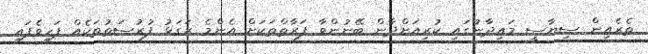
ތެރެއިން ސިޔާސީ މައިދާނުގައި ކުރިއަށްދާން ބޭނުންވާ ފަރާތްތަކަށް އެންމެ ރަގަޅު ފުރުސަތުތަކެއް ފަހިވެފައި